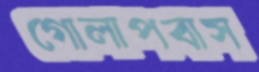
গোলাপবাস